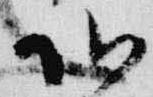
頭